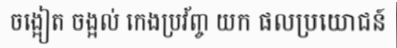
ចង្អៀត ចង្អល់ កេងប្រវ័ញ្ច យក ផលប្រយោជន៍